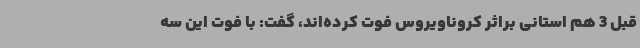
قبل 3 هم استانی براثر کروناویروس فوت کرده‌اند، گفت: با فوت این سه